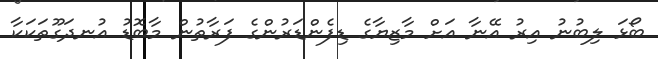
ބޯޅަ ލިބުނު އިރު އޭނާ އަށް މާޒިޔާގެ ޑިފެންޑަރުންގެ ފަރާތުން މާބޮޑު އުނދަގޫތަކަކާ